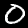
Digit: 0